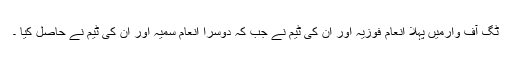
ٹگ آف وارمیں پہلا انعام فوزیہ اور ان کی ٹیم نے جب کہ دوسرا انعام سمیہ اور ان کی ٹیم نے حاصل کیا ۔